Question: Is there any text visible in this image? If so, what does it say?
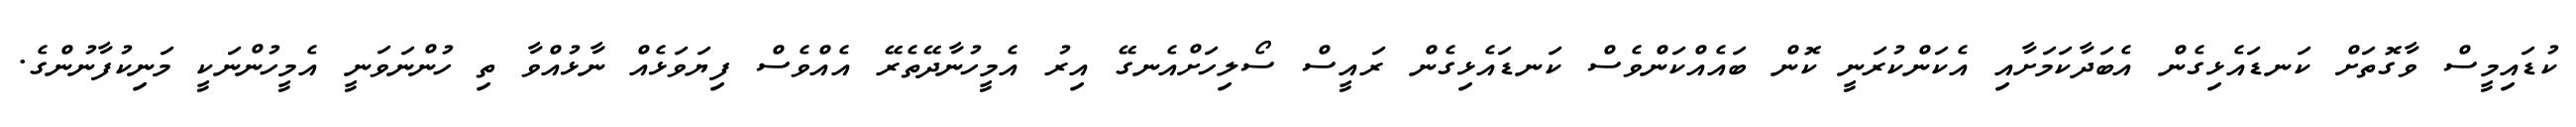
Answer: ކުޑައިމީސް ވާގޮތަށް ކަނޑައެޅިގެން އެބަދާކަމަށާއި އެކަންކުރަނީ ކޮން ބައެއްކަންވެސް ކަނޑައެޅިގެން ރައީސް ސޯލިހަށްއެނގޭ އިރު އެމީހުނާދޭތެރޭ އެއްވެސް ފިޔަވަޅެއް ނާޅުއްވާ ތި ހުންނަވަނީ އެމީހުންނަކީ މަނިކުފާނުންގެ.